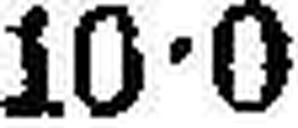
10•0